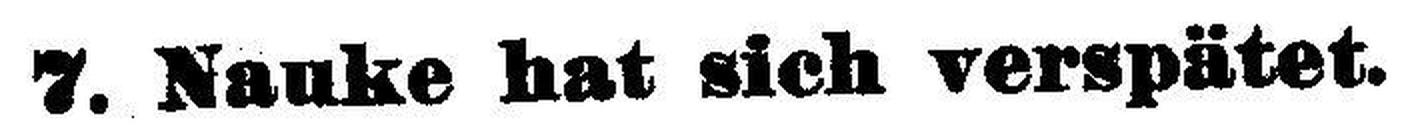
7. Nauke hat sich verspätet.